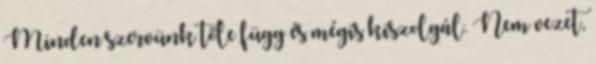
Minden szervünk tőle függ és mégis kiszolgál. Nem vezet,